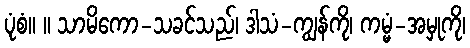
ပုံစံ။ ။ သာမိကော-သခင်သည်၊ ဒါသံ-ကျွန်ကို၊ ကမ္မံ-အမှုကို၊